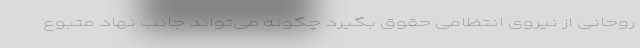
روحانی از نیروی انتظامی حقوق بگیرد چگونه می‌تواند جانب نهاد متبوع